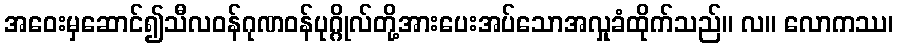
အဝေးမှဆောင်၍သီလဝန်ဂုဏဝန်ပုဂ္ဂိုလ်တို့အားပေးအပ်သောအလှုခံထိုက်သည်။ လ။ လောကဿ၊